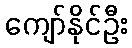
ကျော်နိုင်ဦး